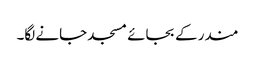
مندر کے بجائے مسجد جانے لگا۔